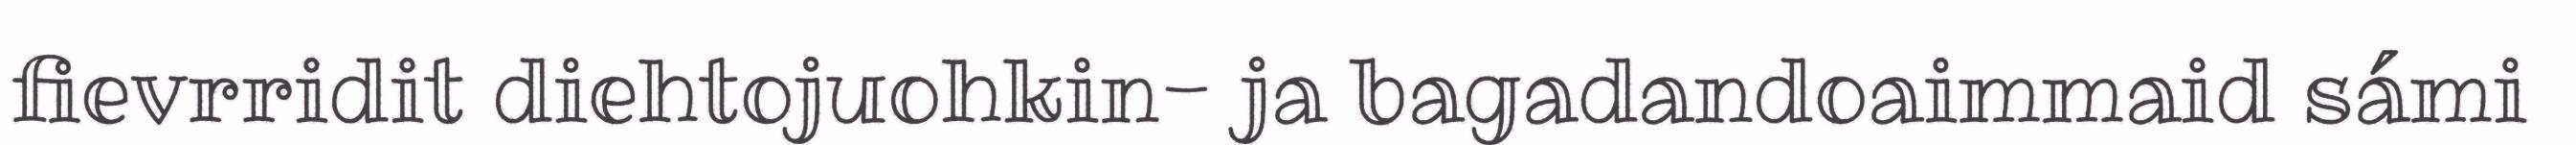
fievrridit diehtojuohkin- ja bagadandoaimmaid sámi